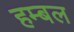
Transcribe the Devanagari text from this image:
हम्बल